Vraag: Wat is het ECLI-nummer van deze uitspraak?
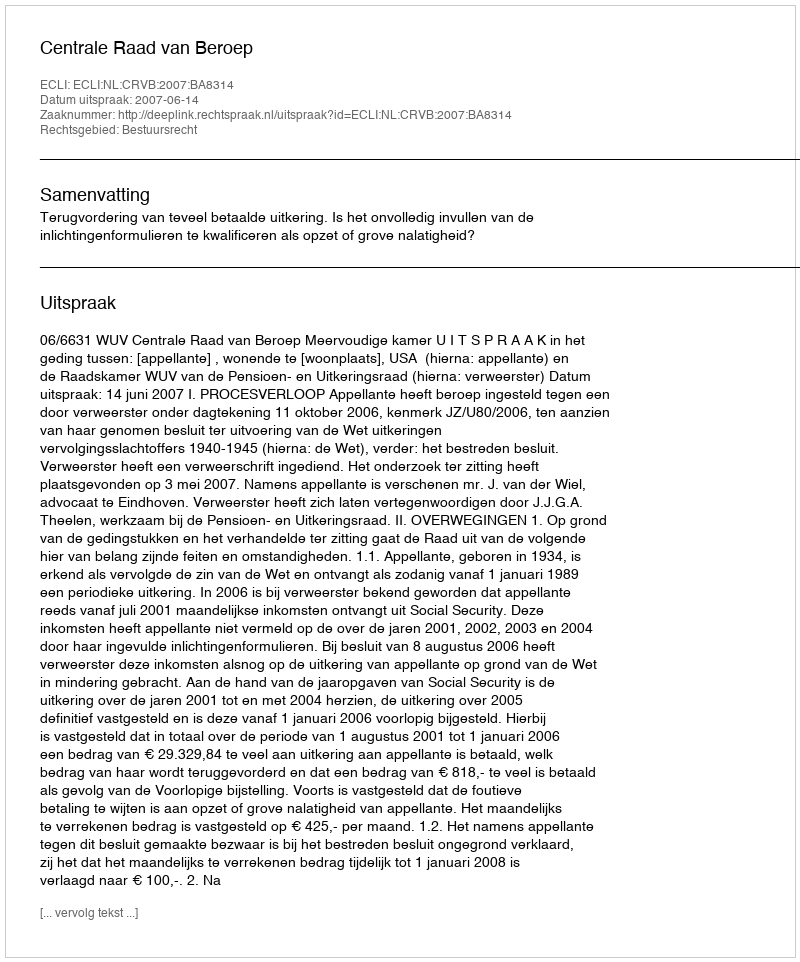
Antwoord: ECLI:NL:CRVB:2007:BA8314